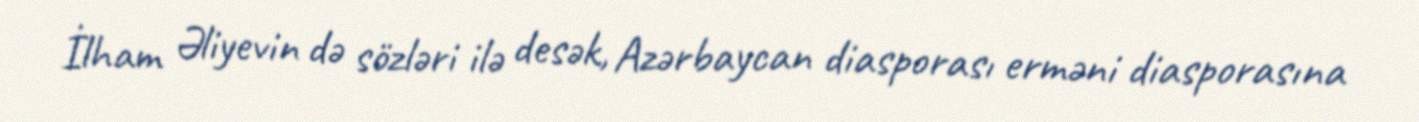
İlham Əliyevin də sözləri ilə desək, Azərbaycan diasporası erməni diasporasına